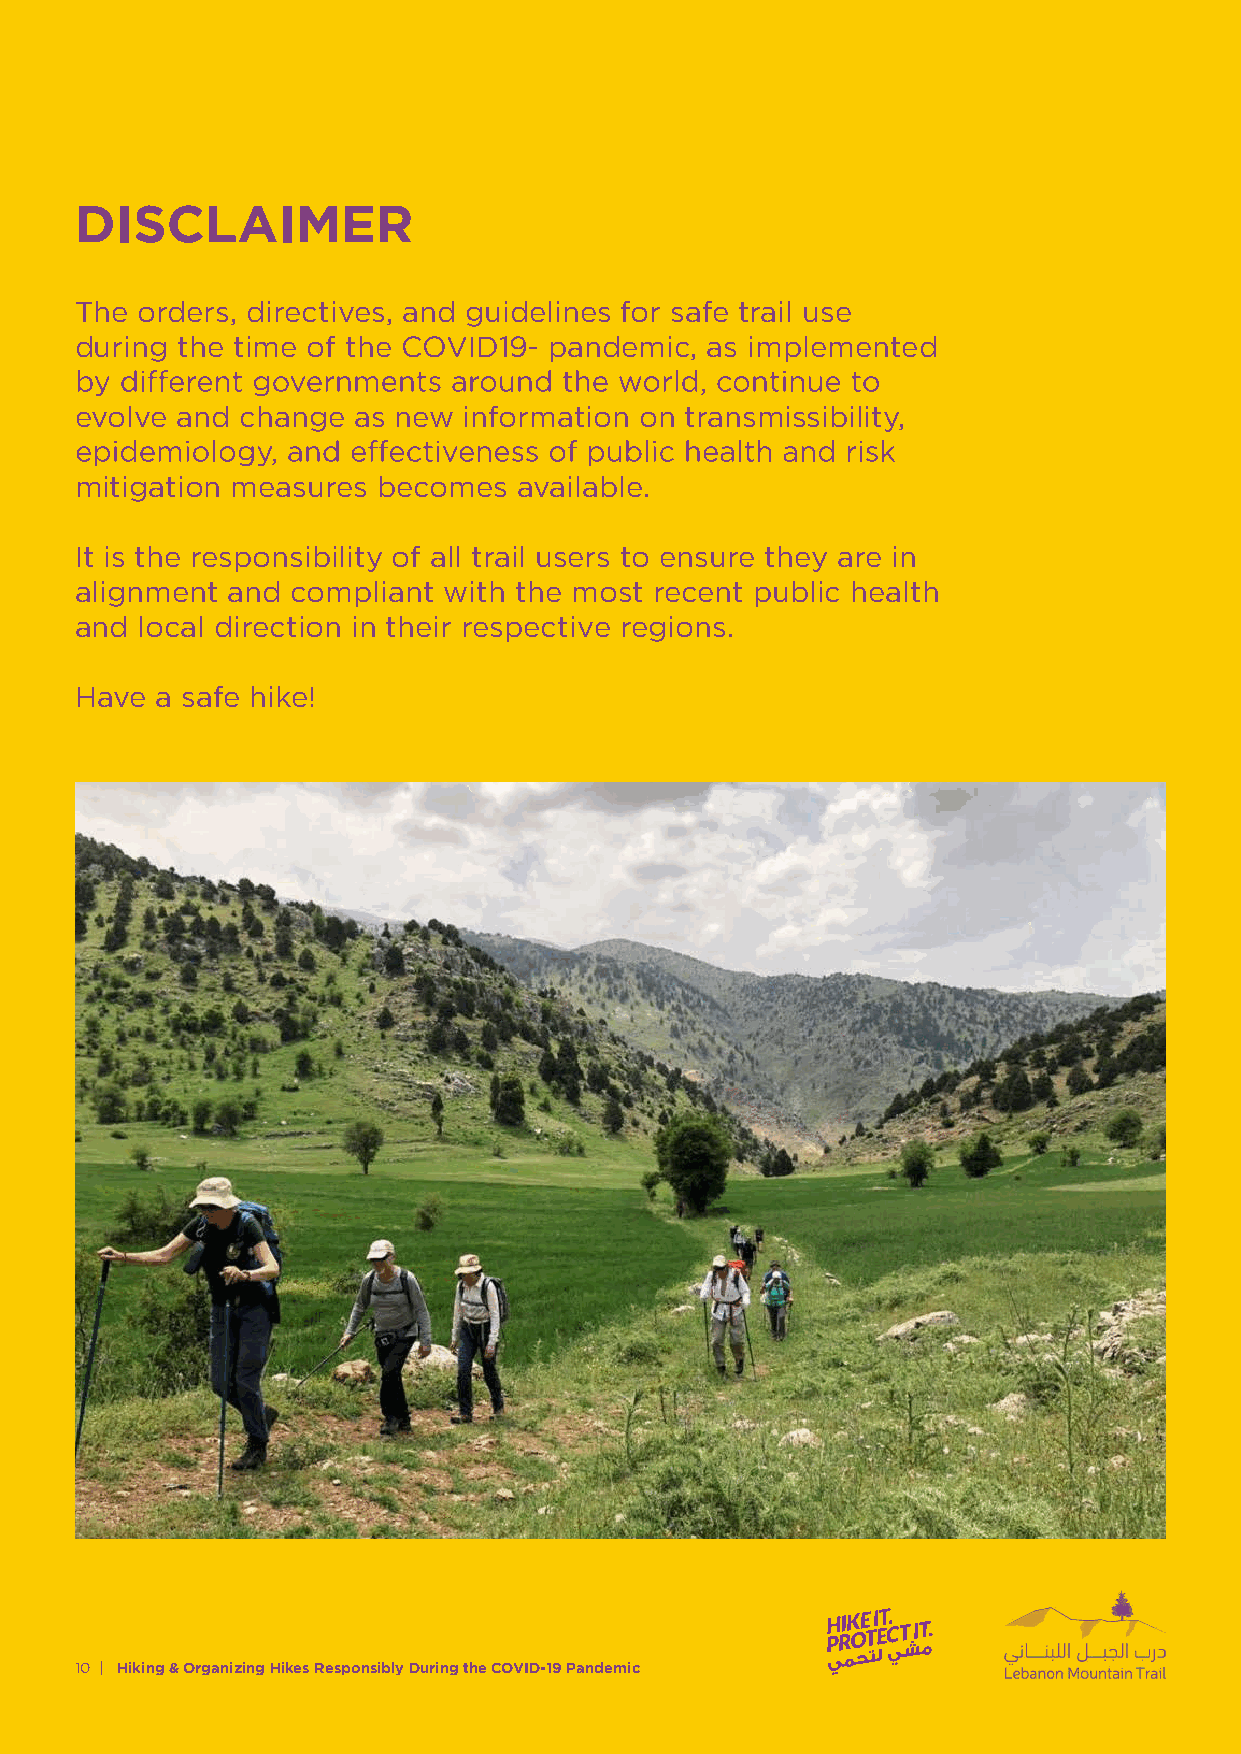
DISCLAIMER
 The orders, directives, and guidelines for safe trail use
 during the time of the COVID19- pandemic, as implemented
 evolve and change as new  information on transmissibility,
 mitigation measures becomes  available.
 It is the responsibility of all trail users to ensure they are in
 alignment and compliant with the most recent public health
 and local direction in their respective regions.
 Have a safe hike!
 10 | Hiking & Organizing Hikes Responsibly During the COVID-19 Pandemic